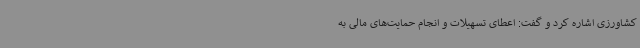
کشاورزی اشاره کرد و گفت: اعطای تسهیلات و انجام حمایت‌های مالی به